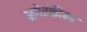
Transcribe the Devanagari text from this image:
लगेरफील्ड